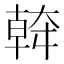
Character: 𱘹